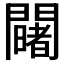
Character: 𨷄